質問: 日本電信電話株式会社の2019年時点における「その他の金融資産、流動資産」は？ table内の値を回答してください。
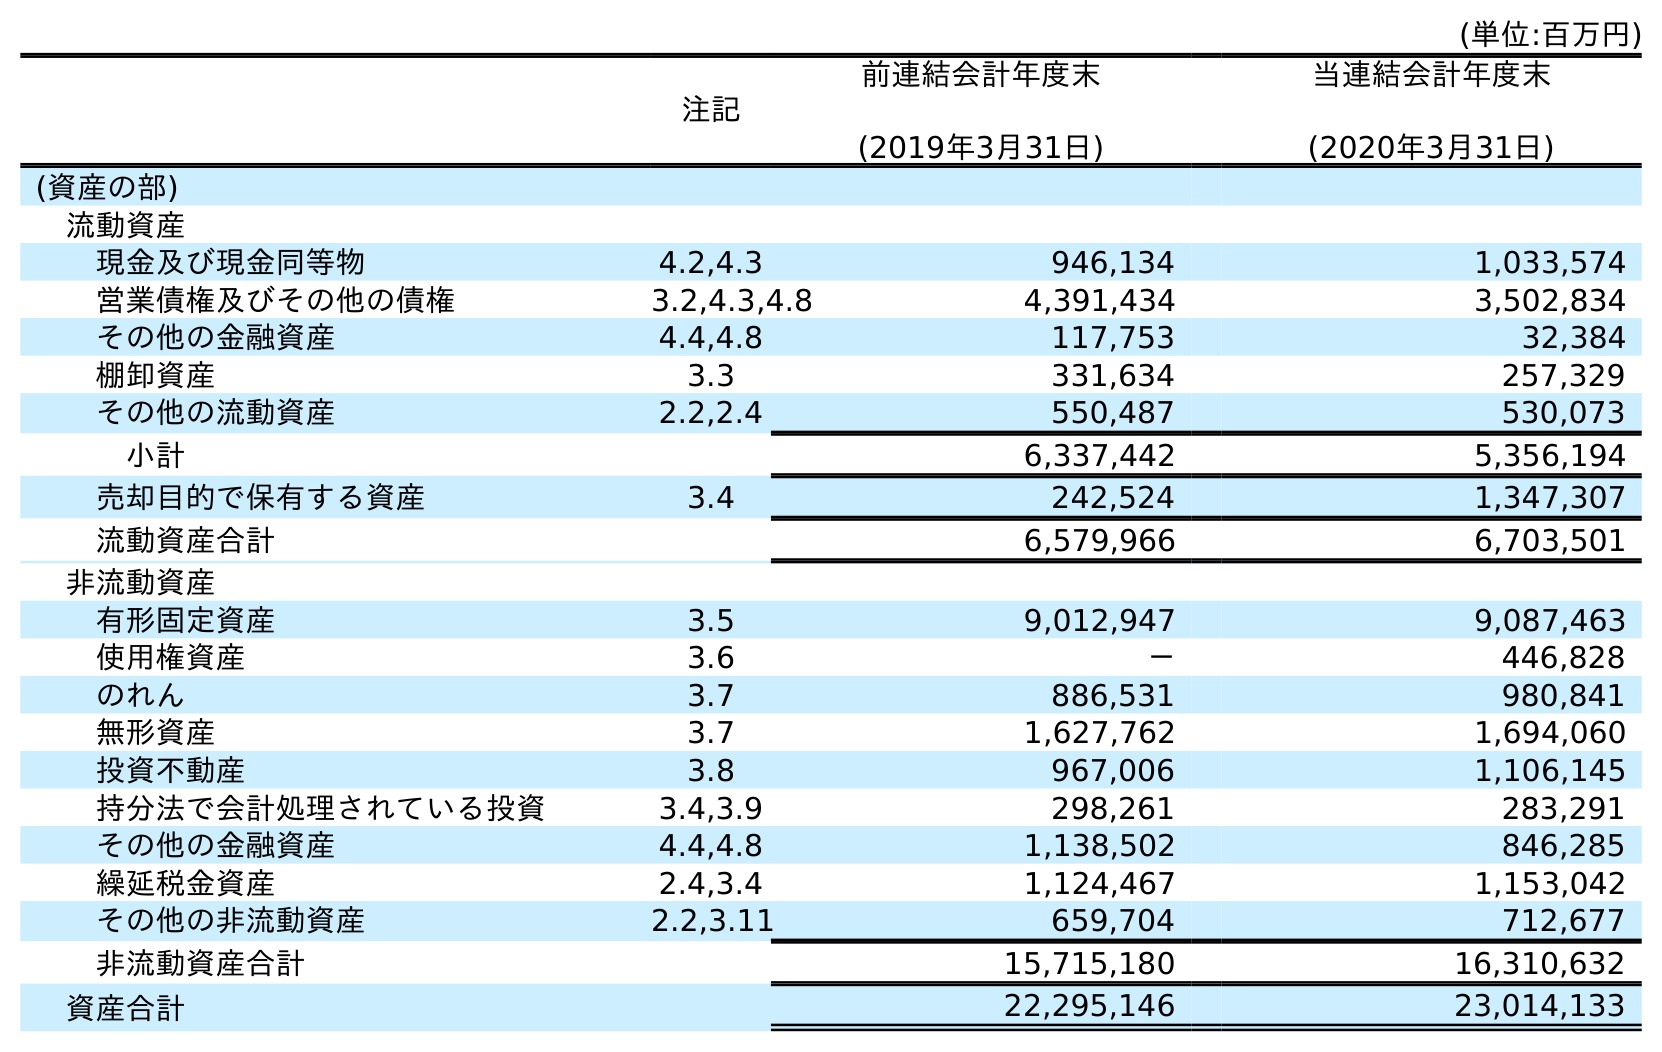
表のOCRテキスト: (単位:百万円) 注記 前連結会計年度末 (2019年3月31日) 当連結会計年度末 (2020年3月31日) (資産の部) 流動資産 現金及び現金同等物 4.2,4.3 946,134 1,033,574 営業債権及びその他の債権 3.2,4.3,4.8 4,391,434 3,502,834 その他の金融資産 4.4,4.8 117,753 32,384 棚卸資産 3.3 331,634 257,329 その他の流動資産 2.2,2.4 550,487 530,073 小計 6,337,442 5,356,194 売却目的で保有する資産 3.4 242,524 1,347,307 流動資産合計 6,579,966 6,703,501 非流動資産 有形固定資産 3.5 9,012,947 9,087,463 使用権資産 3.6 － 446,828 のれん 3.7 886,531 980,841 無形資産 3.7 1,627,762 1,694,060 投資不動産 3.8 967,006 1,106,145 持分法で会計処理されている投資 3.4,3.9 298,261 283,291 その他の金融資産 4.4,4.8 1,138,502 846,285 繰延税金資産 2.4,3.4 1,124,467 1,153,042 その他の非流動資産 2.2,3.11 659,704 712,677 非流動資産合計 15,715,180 16,310,632 資産合計 22,295,146 23,014,133
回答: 117,753